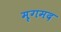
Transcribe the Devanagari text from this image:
मृगमद